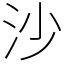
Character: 沙